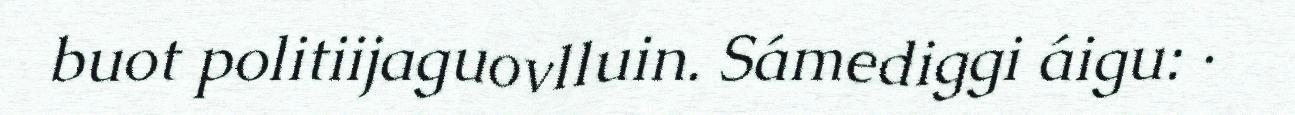
buot politiijaguovlluin. Sámediggi áigu: ·